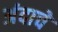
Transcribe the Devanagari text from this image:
अंदाचे